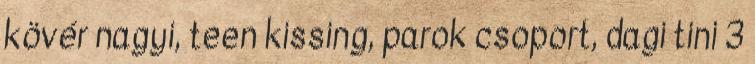
kövér nagyi, teen kissing, parok csoport, dagi tini 3